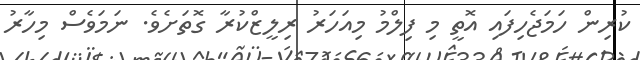
ކުރިން ހަމަޖެހިފައި އޮތީ މި ފިލްމު މިއަހަރު ރިލީޒްކުރާ ގޮތަށެވެ. ނަމަވެސް މިހާރު